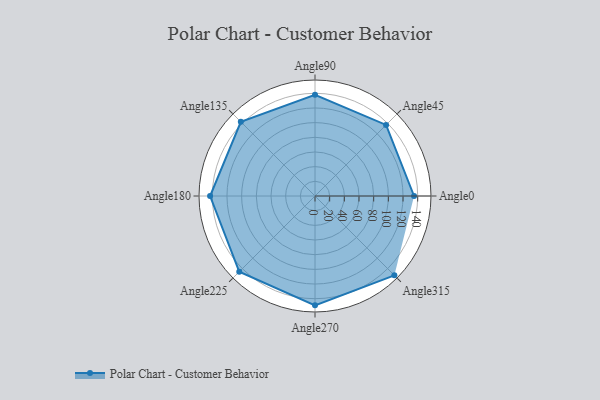
{"axis": {"x": "Angle", "y": "Radius"}, "legend": [""], "data": [{"x": "Angle0", "y": 135.0, "type": ""}, {"x": "Angle45", "y": 137.0, "type": ""}, {"x": "Angle90", "y": 138.0, "type": ""}, {"x": "Angle135", "y": 143.0, "type": ""}, {"x": "Angle180", "y": 143.0, "type": ""}, {"x": "Angle225", "y": 146.0, "type": ""}, {"x": "Angle270", "y": 149.0, "type": ""}, {"x": "Angle315", "y": 153.0, "type": ""}]}